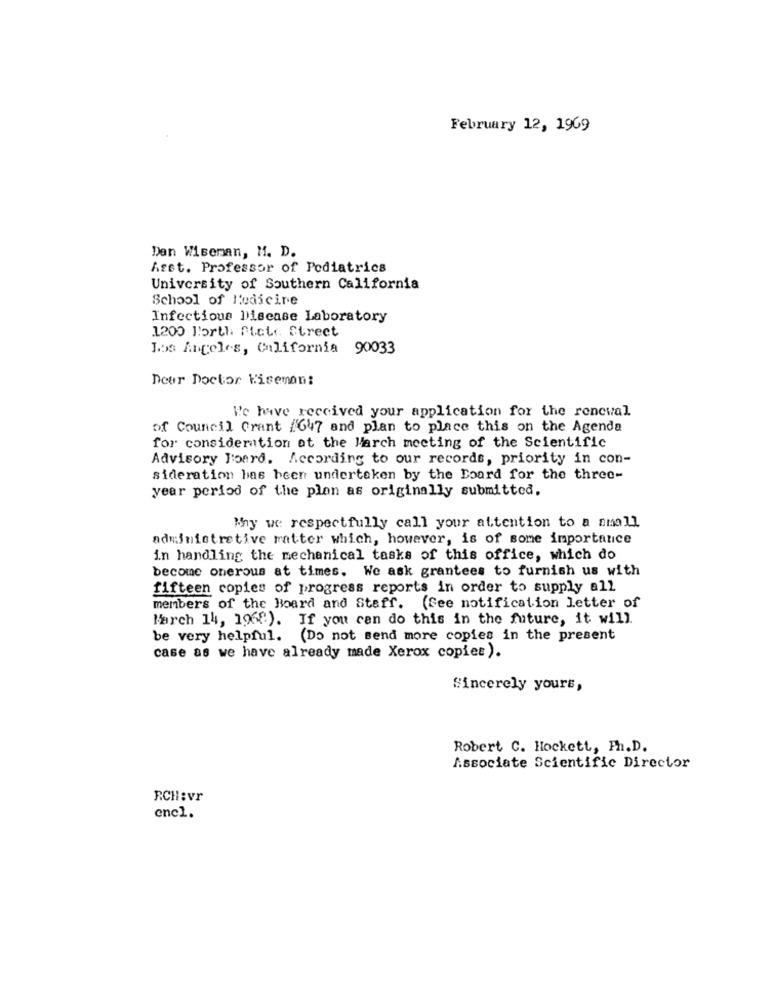
February 12, 1969
Den Wiseman, M. D.
Asst. Professor of Pediatrics
University of Southern California
School of Medicine
Infectious Disease Laboratory
1200 Borth fictr. Street
Los Angeles, California 90033
Dear Doctor biseman:
We have received your application for the renewal
of Council Crant #647 and plan to place this on the Agenda
for consideration ot the March meeting of the Scientific
Advisory Board. According to our records, priority in con-
sideration has been undertaken by the Board for the three-
year period of the plan as originally submitted.
My we: respectfully call your attention to a small
administrative matter which, however, is of some importance
in handling the mechanical tasks of this office, which do
become onerous at times. We ask grantees to furnish us with
fifteen copies of progress reports in order to supply all
members of the Board and Staff. (See notification letter of
March 14, 1968). If you can do this in the future, it will.
be very helpful. (Do not send more copies in the present
case as we have already made Xerox copiee).
Sincerely yours,
Robert C. Hockett, Ph.D.
Associate Scientific Director
RCH:vr
encl.